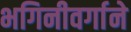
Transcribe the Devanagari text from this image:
भगिनीवर्गाने